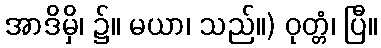
အာဒိမှိ၊ ၌။ မယာ၊ သည်။) ဝုတ္တံ၊ ပြီ။